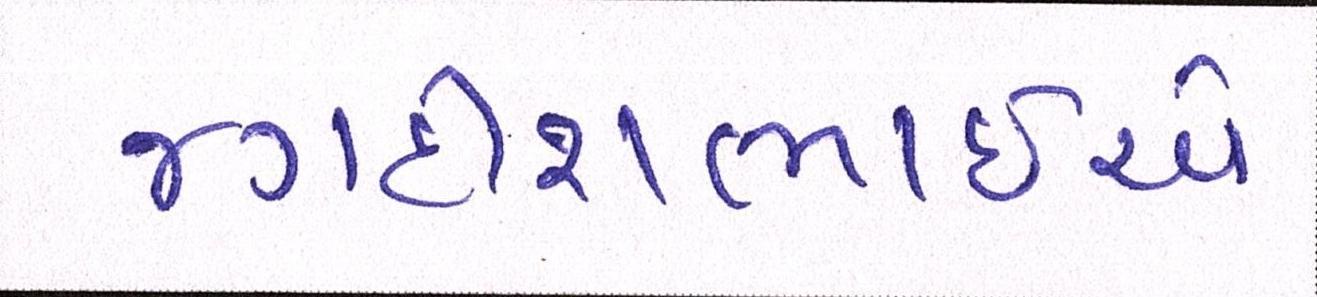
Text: જગદીશભાઇએ